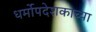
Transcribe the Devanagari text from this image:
धर्मोपदेशकाच्या